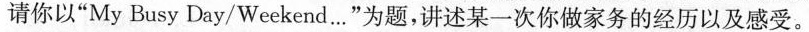
请你以”My Busy Day/Weekend…”为题，讲述某一次你做家务的经历以及感受。